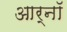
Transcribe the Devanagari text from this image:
आर्नॉ